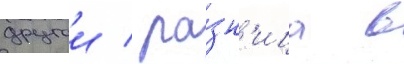
другои / ра́зн'ица в